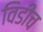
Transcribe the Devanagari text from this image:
विडीच